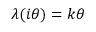
\lambda ( i \theta ) = k \theta